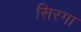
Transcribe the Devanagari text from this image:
सिरगा